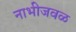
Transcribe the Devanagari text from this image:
नाभीजवळ